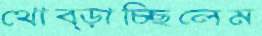
থোব্‌ড়াচ্ছিলেম